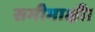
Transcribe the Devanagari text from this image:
समीमाक्षी।